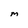
Character: M